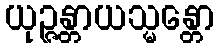
ယုဉ္ဇန္တာယသ္မန္တော